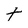
Character: t